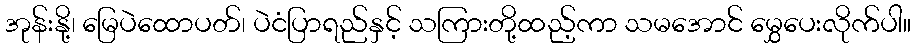
အုန်းနို့၊ မြေပဲထောပတ်၊ ပဲငံပြာရည်နှင့် သကြားတို့ထည့်ကာ သမအောင် မွှေပေးလိုက်ပါ။